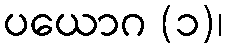
ပယောဂ (၁)၊